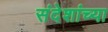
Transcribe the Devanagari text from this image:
संदेशांच्या